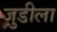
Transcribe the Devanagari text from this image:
जुडीला